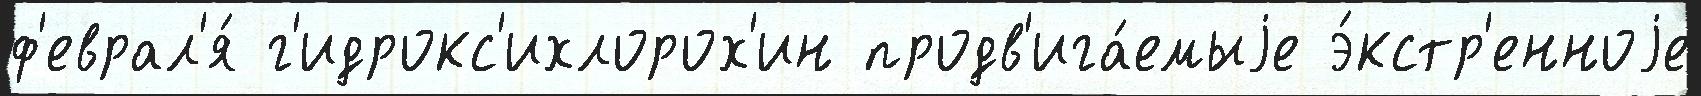
ф'еврал'я́ г'идрокс'ихлорох'ин продв'ига́емыjе э́кстр'енноjе